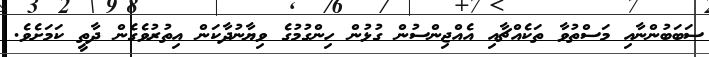
ސަބަބުންނާއި މަސްތުވާ ތަކެއްޗާއި އެއްޖިންސުން ގުޅުން ހިންގުމުގެ ވިޔާނުދާކަން އިތުރުވެގެން ދާތީ ކަމަށެވެ.